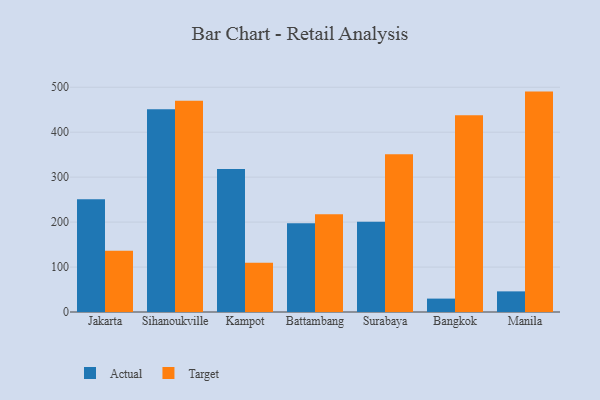
{"axis": {"x": "City", "y": "Conversion Rate (%)"}, "legend": ["Actual", "Target"], "data": [{"x": "Jakarta", "y": 250.7, "type": "Actual"}, {"x": "Jakarta", "y": 136.2, "type": "Target"}, {"x": "Sihanoukville", "y": 451.3, "type": "Actual"}, {"x": "Sihanoukville", "y": 470.1, "type": "Target"}, {"x": "Kampot", "y": 318.0, "type": "Actual"}, {"x": "Kampot", "y": 109.5, "type": "Target"}, {"x": "Battambang", "y": 197.5, "type": "Actual"}, {"x": "Battambang", "y": 217.4, "type": "Target"}, {"x": "Surabaya", "y": 200.6, "type": "Actual"}, {"x": "Surabaya", "y": 351.2, "type": "Target"}, {"x": "Bangkok", "y": 29.8, "type": "Actual"}, {"x": "Bangkok", "y": 437.8, "type": "Target"}, {"x": "Manila", "y": 45.9, "type": "Actual"}, {"x": "Manila", "y": 490.3, "type": "Target"}]}